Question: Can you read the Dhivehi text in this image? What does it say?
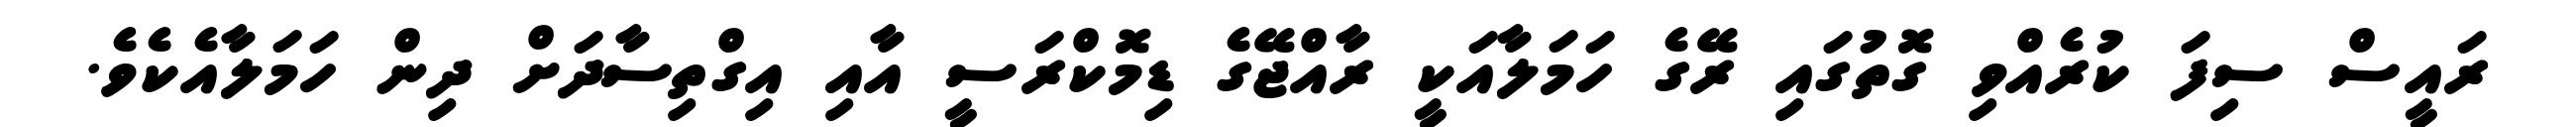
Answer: ރައީސް ސިފަ ކުރެއްވި ގޮތުގައި ރޭގެ ހަމަލާއަކީ ރާއްޖޭގެ ޑިމޮކްރަސީ އާއި އިގްތިސާދަށް ދިން ހަމަލާއެކެވެ.